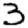
Digit: 3